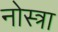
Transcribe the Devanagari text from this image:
नोस्त्रा